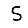
Digit: 5